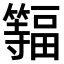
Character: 𫂨